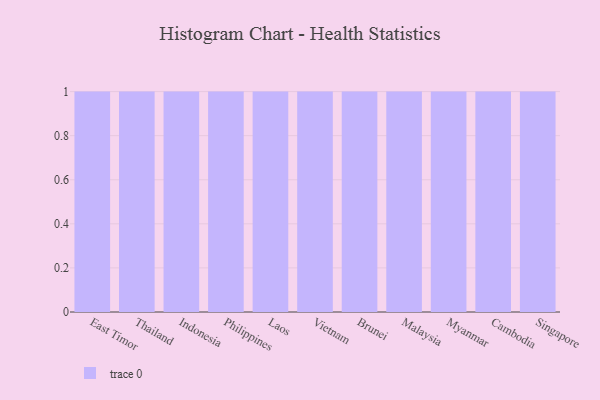
{"axis": {"x": "Country", "y": "Gross Profit (USD K)"}, "legend": [""], "data": [{"x": "East Timor", "y": 66, "type": ""}, {"x": "Thailand", "y": 35, "type": ""}, {"x": "Indonesia", "y": 59, "type": ""}, {"x": "Philippines", "y": 90, "type": ""}, {"x": "Laos", "y": 83, "type": ""}, {"x": "Vietnam", "y": 7, "type": ""}, {"x": "Brunei", "y": 9, "type": ""}, {"x": "Malaysia", "y": 37, "type": ""}, {"x": "Myanmar", "y": 23, "type": ""}, {"x": "Cambodia", "y": 95, "type": ""}, {"x": "Singapore", "y": 11, "type": ""}]}